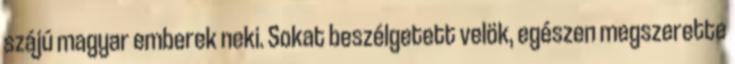
szájú magyar emberek neki. Sokat beszélgetett velök, egészen megszerette